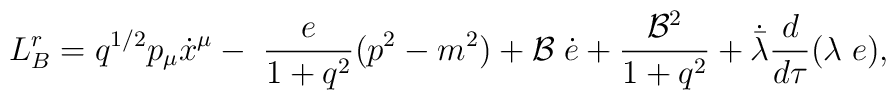
L_{B}^{r}= q^{1/2} p_{\mu} \dot x^{\mu} - \; \frac{e}{1+ q^2} (p^2-m^2)+ {\cal B}\;\dot e +\frac{{\cal B}^2}{1+q^2} + \dot {\bar \lambda}\frac{d}{d\tau} (\lambda\;e),